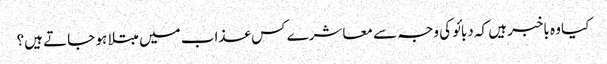
کیا وہ باخبر ہیں کہ دبائو کی وجہ سے معاشرے کس عذاب میں مبتلا ہو جاتے ہیں؟